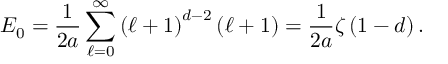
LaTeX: E _ { 0 } = \frac { 1 } { 2 a } \sum _ { \ell = 0 } ^ { \infty } \left( \ell + 1 \right) ^ { d - 2 } \left( \ell + 1 \right) = \frac { 1 } { 2 a } \zeta \left( 1 - d \right) .